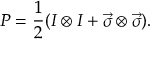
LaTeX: P = \frac { 1 } { 2 } ( I \otimes I + \vec { \sigma } \otimes \vec { \sigma } ) .